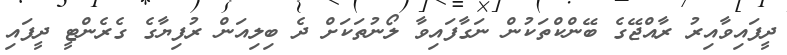
ދީފައިވާއިރު ރާއްޖޭގެ ބޭންކްތަކުން ނަގާފައިވާ ލޯނުތަކަށް ދެ ބިލިއަން ރުފިޔާގެ ގެރެންޓީ ދީފައި